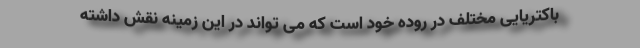
باکتریایی مختلف در روده خود است که می تواند در این زمینه نقش داشته